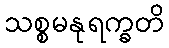
သစ္စမနုရက္ခတိ